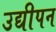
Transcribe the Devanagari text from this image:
उद्यीपन